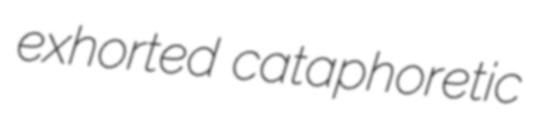
exhorted cataphoretic